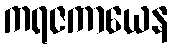
ကရဇကာယေန